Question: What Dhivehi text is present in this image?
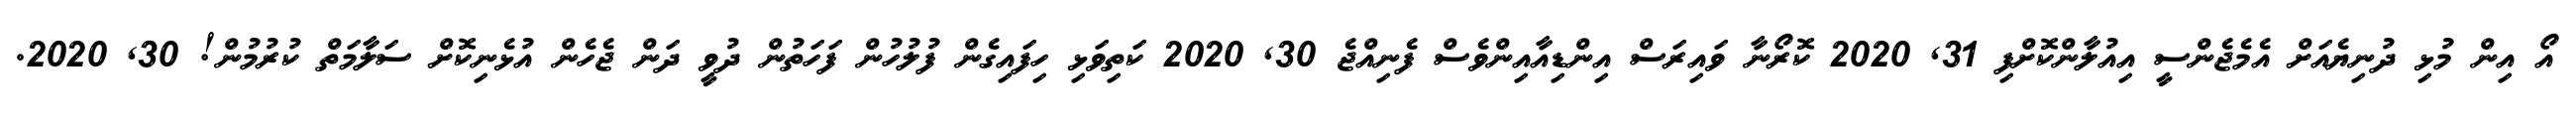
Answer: އޯ އިން މުޅި ދުނިޔެއަށް އެމެޖެންސީ އިއުލާންކޮށްފި 31, 2020 ކޮރޯނާ ވައިރަސް އިންޑިއާއިންވެސް ފެނިއްޖެ 30, 2020 ކަތިވަޅި ހިފައިގެން ފުލުހުން ފަހަތުން ދުވީ ދަން ޖެހެން އުޅެނިކޮށް ސަލާމަތް ކުރުމުން! 30, 2020.